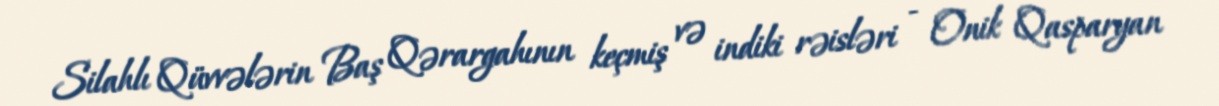
Silahlı Qüvvələrin Baş Qərargahının keçmiş və indiki rəisləri - Onik Qasparyan